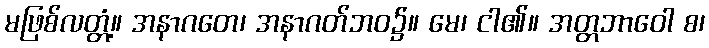
မဖြစ်လတ္တံ့။ အနာဂတေ၊ အနာဂတ်ဘဝ၌။ မေ၊ ငါ၏။ အတ္တဘာဝေါ စ၊